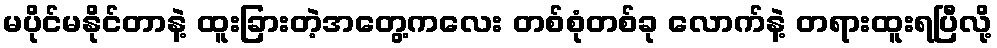
မပိုင်မနိုင်တာနဲ့ ထူးခြားတဲ့အတွေ့ကလေး တစ်စုံတစ်ခု လောက်နဲ့ တရားထူးရပြီလို့